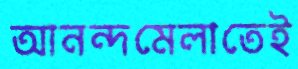
আনন্দমেলাতেই